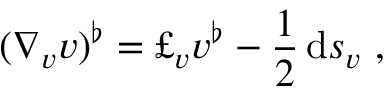
( \nabla _ { v } v ) ^ { \flat } = \pounds _ { v } v ^ { \flat } - \frac { 1 } { 2 } \, \mathrm { d } s _ { v } \ ,